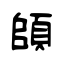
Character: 頧